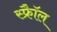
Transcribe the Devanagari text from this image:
स्फ्रैॉल